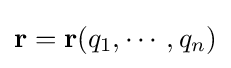
\mathbf {r} =\mathbf {r} (q_{1},\cdots ,q_{n})